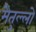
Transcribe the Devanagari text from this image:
मैतुल्लो